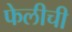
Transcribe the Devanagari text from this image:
फेलीची